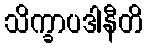
သိက္ခာပဒါနီတိ